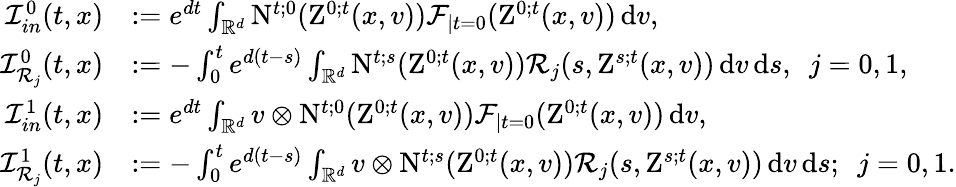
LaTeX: \begin{array}{rl}{\mathcal{I}_{in}^{0}(t,x)}&{:=e^{dt}\int_{\mathbb R^{d}}\mathrm{N}^{t;0}(\mathrm{Z}^{0;t}(x,v))\mathcal{F}_{\mid t=0}(\mathrm{Z}^{0;t}(x,v))\, \mathrm{d}v,}\\ {\mathcal{I}_{\mathcal{R}_{j}}^{0}(t,x)}&{:=-\int_{0}^{t}e^{d(t-s)}\int_{\mathbb R^{d}}\mathrm{N}^{t;s}(\mathrm{Z}^{0;t}(x,v))\mathcal{R}_{j}(s,\mathrm{Z}^{s;t}(x,v))\, \mathrm{d}v\, \mathrm{d}s,\ \ j=0,1,}\\ {\mathcal{I}_{in}^{1}(t,x)}&{:=e^{dt}\int_{\mathbb R^{d}}v\otimes\mathrm{N}^{t;0}(\mathrm{Z}^{0;t}(x,v))\mathcal{F}_{\mid t=0}(\mathrm{Z}^{0;t}(x,v))\, \mathrm{d}v,}\\ {\mathcal{I}_{\mathcal{R}_{j}}^{1}(t,x)}&{:=-\int_{0}^{t}e^{d(t-s)}\int_{\mathbb R^{d}}v\otimes\mathrm{N}^{t;s}(\mathrm{Z}^{0;t}(x,v))\mathcal{R}_{j}(s,\mathrm{Z}^{s;t}(x,v))\, \mathrm{d}v\, \mathrm{d}s;\ \ j=0,1.}\end{array}